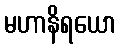
မဟာနိရယော